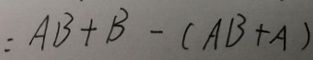
= A B + B - ( A B + A )